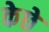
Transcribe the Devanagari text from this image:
केछे